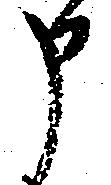
申